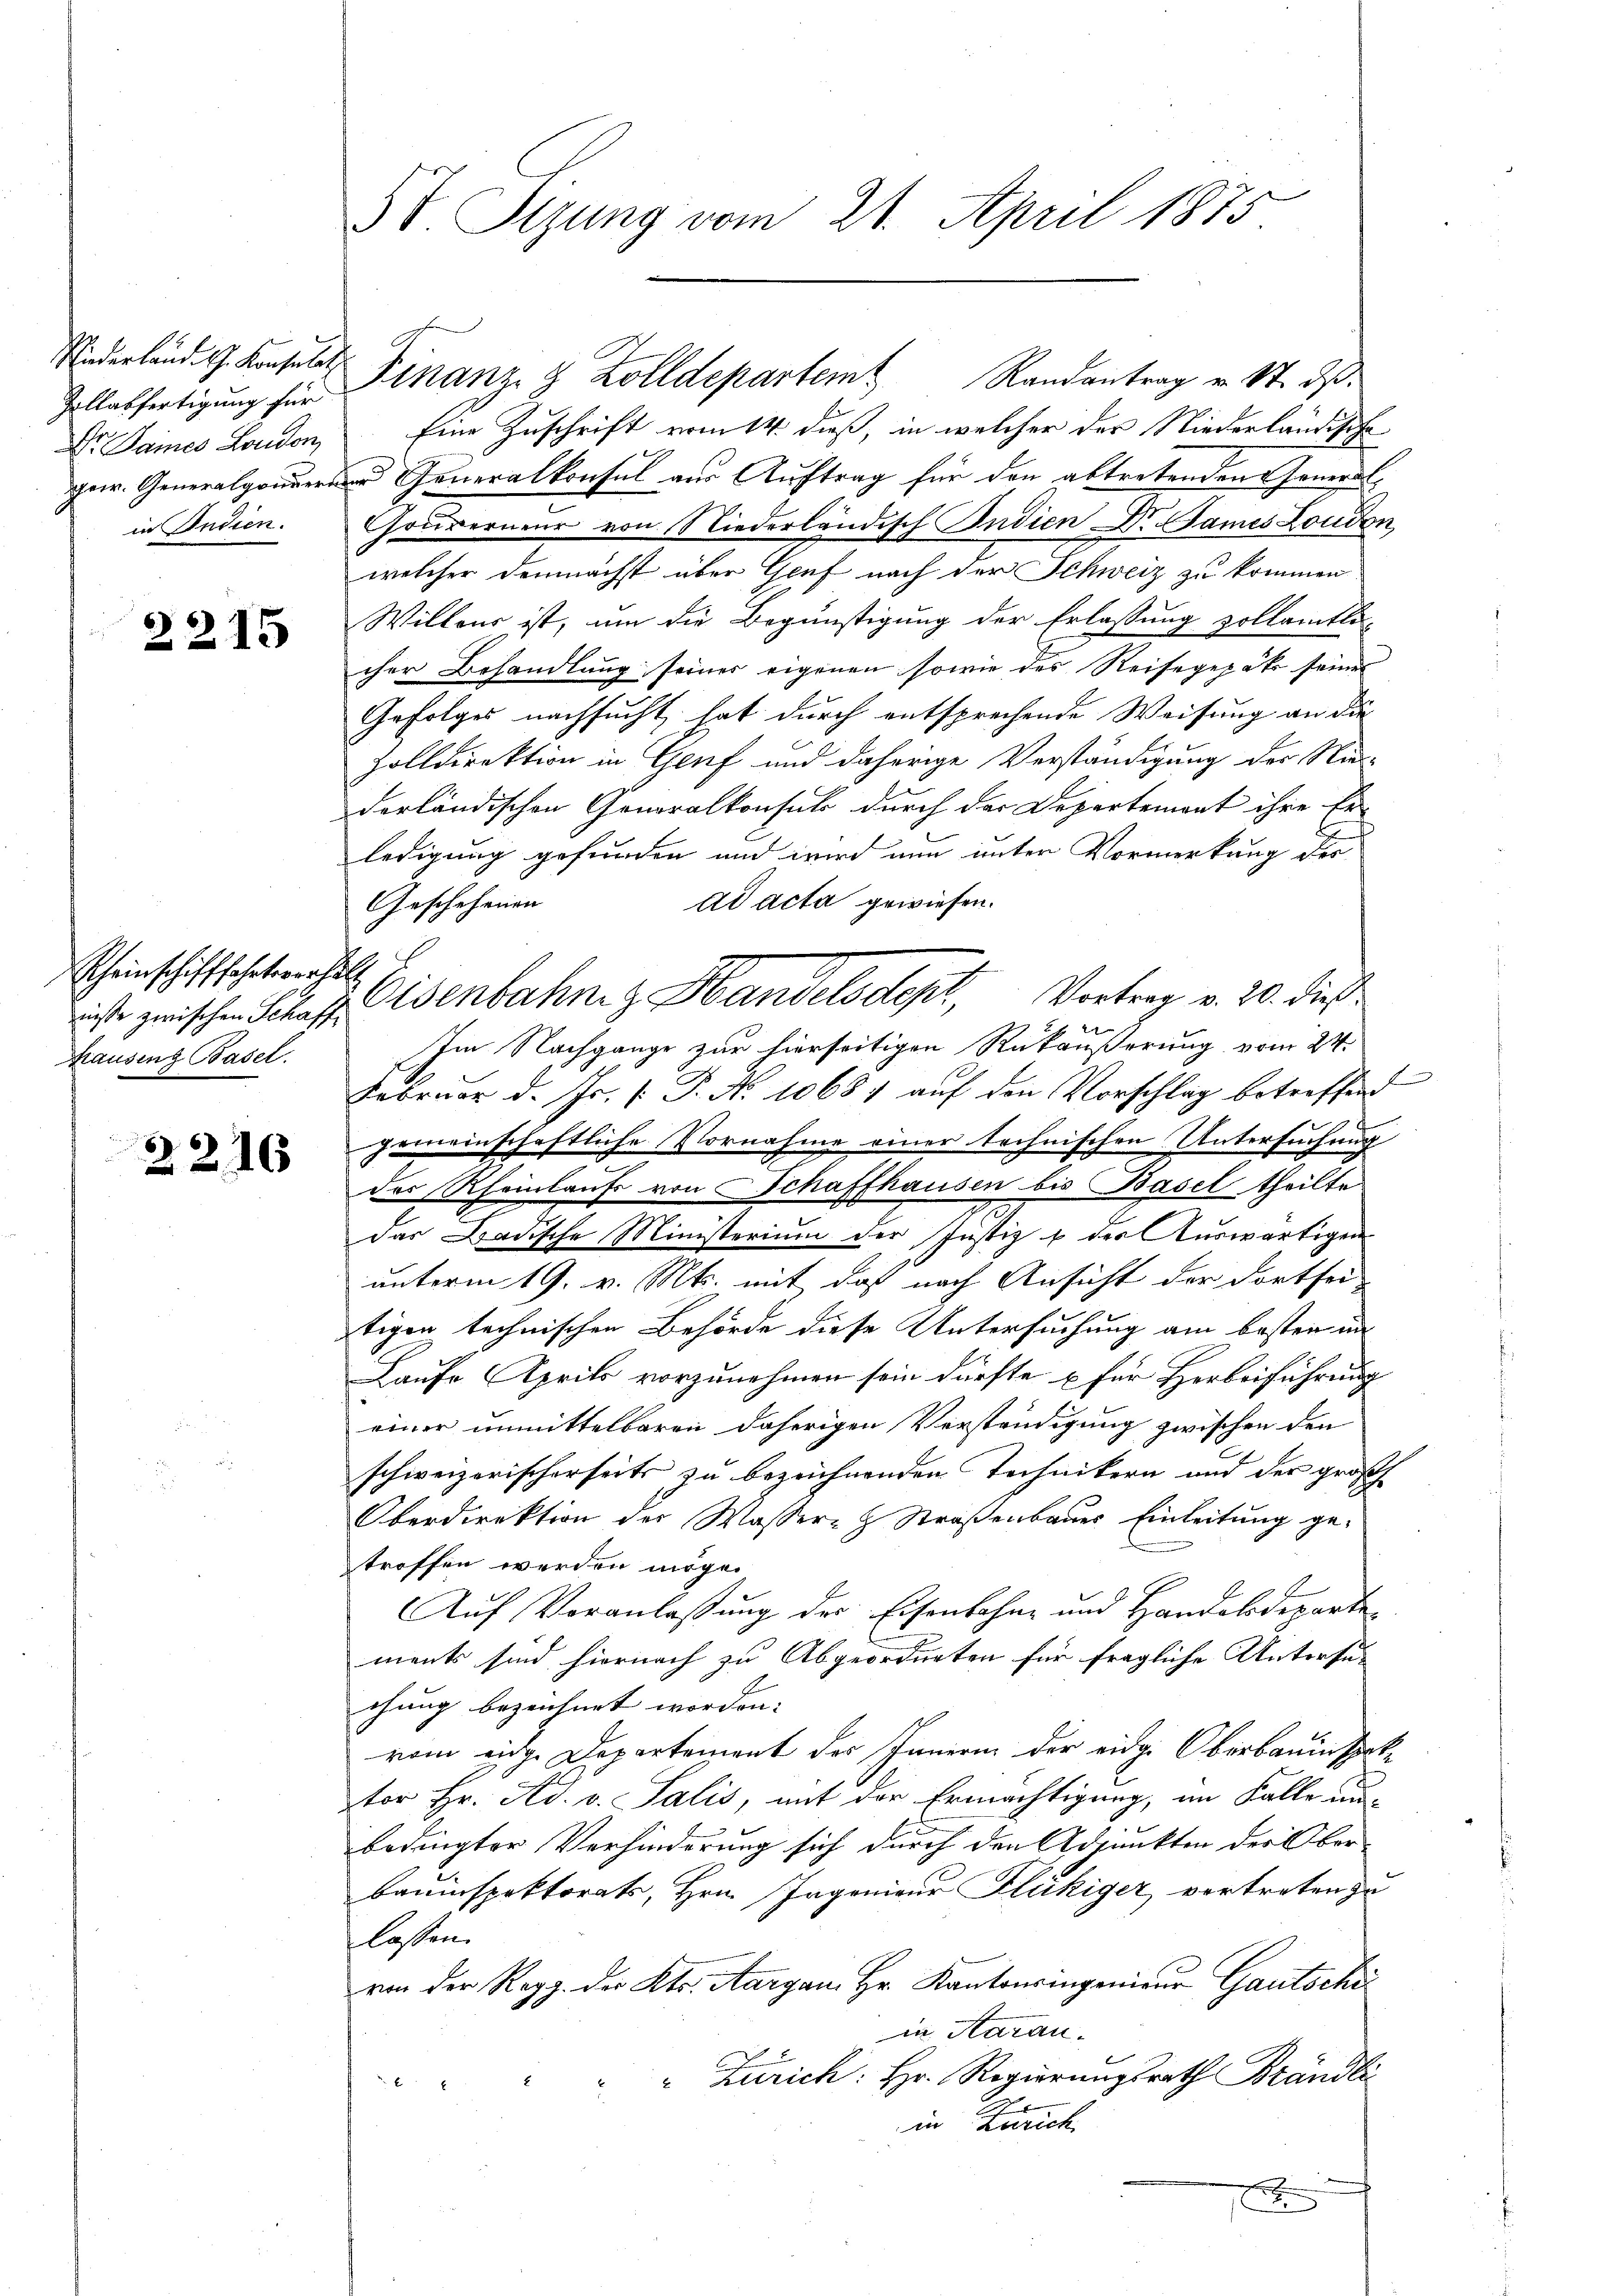
Zollabfertigung für
Dr. Saines London
in Indien.

2215

Scheinschifffahrtsverhe
Hausing Basel.

2216

St. Sizung vom 21. April 1875.

Eine Zuschrift vom 14. dieß, in welcher der Niederländische
gew. Generalgonnerer Generalkonsul aus Auftrag für den abtretenden General-
ouverneur von Niederländisch Indien Dr. Games London
welcher demnächst über Genf nach der Schweiz zu kommen.
Willens ist, um die Begünstigung der Erlassung zollamtli
cher Behandlung seines eigenen sowie des Reisegepät seines
Gefolges nachsucht hat durch entsprechende Weisung an die
Zolldirektion in Genf und daherige Verständigung der Nie-
derländischen Generalkonsuls durch der Departemont ihre Er-
ledigung gefunden und wird nun unter Vormerkung der
ad acta gewiesen.
Geschehenen |
t
rise zwischen Schaft Eisenbahng Handelsdept, Vortrag v. 20. dieß
Im Nachgange zur hierseitigen Rükäußerung vom 24.
Februar d. Js. [ P. No 1068) auf den Vorschlag betreffend
gemeinschaftliche Vornahme einer technischen Untersuchung
des Rheinlaufs von Schaffhausen bis Basel theilte
das Badische Ministerium der Justiz & der Auswärtigen
unterm 19. v. Mts. mit daß nach Ansicht der dortsei
tigen technischen Behörde diese Untersuchung am besten in
Laufe Aprils vorzunehmen sein dürfte u für Herbeiführung
einer unmittelbaren daherigen Verständigung zwischen den
schweizerischerseits zu bezeichnenden Technikern und der groß
Oberdirektion der Wassere Straßenbaues Einleitung ge-
troffen werden möge.
Auf Veranlassung des Eisenbahne und Handelsdeparte-
ments sind hiernach zu Abgeordneten für fragliche Untersu-
chung bezeichnet worden.
rom eidge Departement des Innern der eidg. Oberbauinspektor Hr. Ad. v. Salis, mit der Ermächtigung, im Falle unbedingter Verhinderung sich durch den Adjunkten der Oberbauinspektorats, Hrn. Ingenieur Flückiger vortreten zu
lassen.
von der Regg. der Kts. Aargau. Hr. Kantonsingenieur Gautschi
in Aarau¬
" Zürich: Hr. Regierungsrath Brändli

in Zürich
r
1

Niederland. G. Konsuls Finanz- & Zolldepartem Randantrag v. 8. ds.